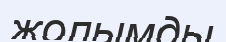
жолымды